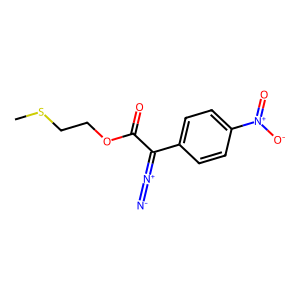
SMILES: CSCCOC(=O)C(=[N+]=[N-])c1ccc([N+](=O)[O-])cc1
Inhibits HIV replication: No